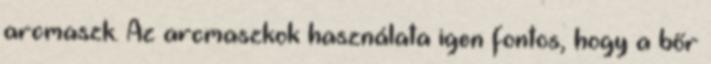
arcmaszk. Az arcmaszkok használata igen fontos, hogy a bőr